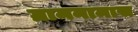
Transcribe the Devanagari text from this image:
ग्रामनामास